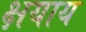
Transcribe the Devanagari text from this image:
क्षयाय